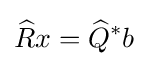
{\widehat {R}}x={\widehat {Q}}^{\ast }b